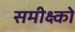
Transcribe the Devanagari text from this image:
समीक्ष्को